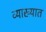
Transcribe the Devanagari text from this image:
व्याख्यात